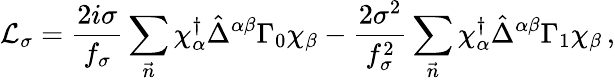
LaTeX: {\cal L}_{\sigma}=\frac{2i\sigma}{f_{\sigma}}\sum_{\vec{n}}\chi_{\alpha}^{\dagger}\hat{\Delta}^{\alpha\beta}\Gamma_{0}\chi_{\beta}-\frac{2\sigma^{2}}{f_{\sigma}^{2}}\sum_{\vec{n}}\chi_{\alpha}^{\dagger}\hat{\Delta}^{\alpha\beta}\Gamma_{1}\chi_{\beta}\, ,